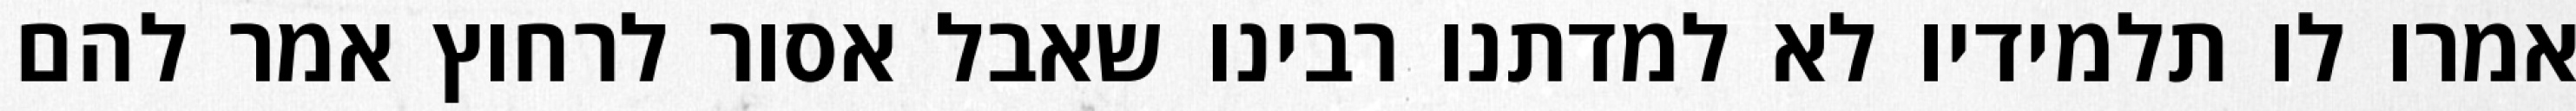
אמרו לו תלמידיו לא למדתנו רבינו שאבל אסור לרחוץ אמר להם